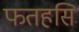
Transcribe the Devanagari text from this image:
फतहसि